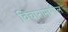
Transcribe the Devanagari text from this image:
विचारामागील